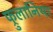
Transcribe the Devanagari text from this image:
फ्रुलानिया